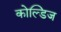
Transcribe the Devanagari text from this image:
कोल्डिज